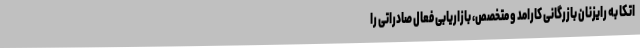
اتکا به رایزنان بازرگانی کارامد و متخصص، بازاریابی فعال صادراتی را